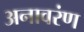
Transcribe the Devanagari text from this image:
अनावरंण